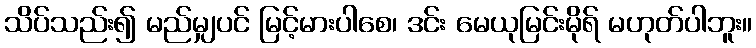
သိပ်သည်း၍ မည်မျှပင် မြင့်မားပါစေ၊ ဒင်း မေယုမြင်းမိုရ် မဟုတ်ပါဘူး။